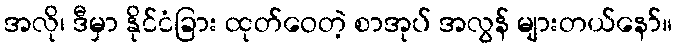
အလို၊ ဒီမှာ နိုင်ငံခြား ထုတ်ဝေတဲ့ စာအုပ် အလွန် များတယ်နော်။